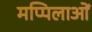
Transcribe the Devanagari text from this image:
मप्पिलाओं